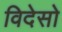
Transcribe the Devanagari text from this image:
विदेसो